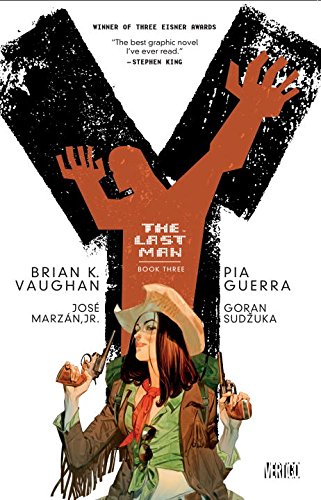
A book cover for Y The Last Man Book Three; Brian Vaughan; Comics & Graphic Novels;